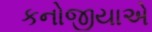
કનોજીયાએ